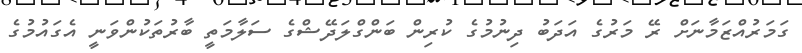
ގަމަރުއްޒަމާނަށް ރޭ މަރުގެ އަދަބު ދިނުމުގެ ކުރިން ބަންގްލަދޭޝްގެ ސަލާމަތީ ބާރުތަކުންވަނީ އެގައުމުގެ